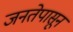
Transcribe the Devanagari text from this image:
जनतेपासून